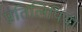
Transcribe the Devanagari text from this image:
प्रतिलिपियो